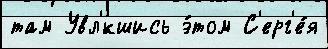
там Увл'́кшись э́том С'ерг'е́я